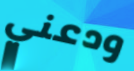
ودعني